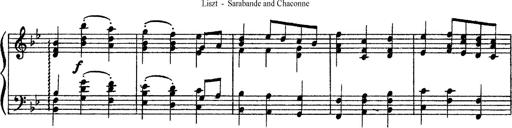
Title: Sarabande und Chaconne aus dem Singspiel
Composer: Franz Liszt